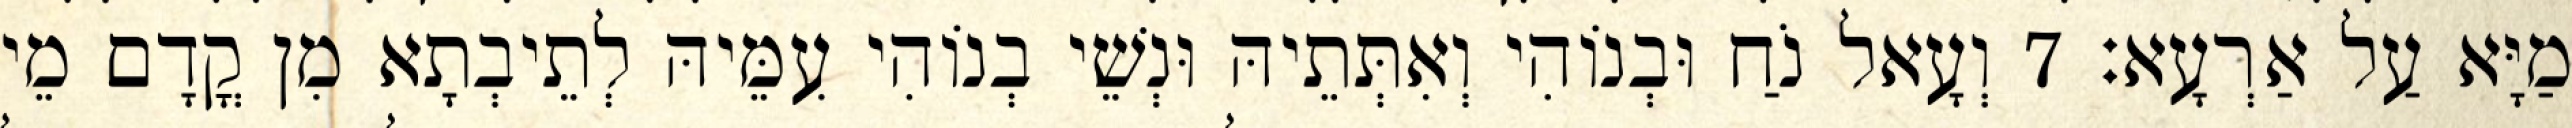
מַיָּא עַל אַרְעָא׃ 7 וְעָאל נֹחַ וּבְנוֹהִי וְאִתְּתֵיהּ וּנְשֵׁי בְנוֹהִי עִמֵּיהּ לְתֵיבְתָא מִן קֳדָם מֵי